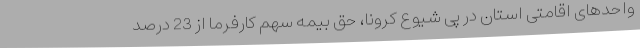
واحدهای اقامتی استان در پی شیوع کرونا، حق بیمه سهم کارفرما از 23 درصد